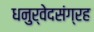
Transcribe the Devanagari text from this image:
धनुर्वेदसंग्रह